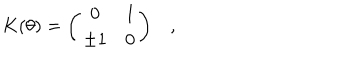
K ( \theta ) = \left( \begin{array} { c c } { { 0 } } & { { 1 } } \\ { { \pm 1 } } & { { 0 } } \\ \end{array} \right) ,